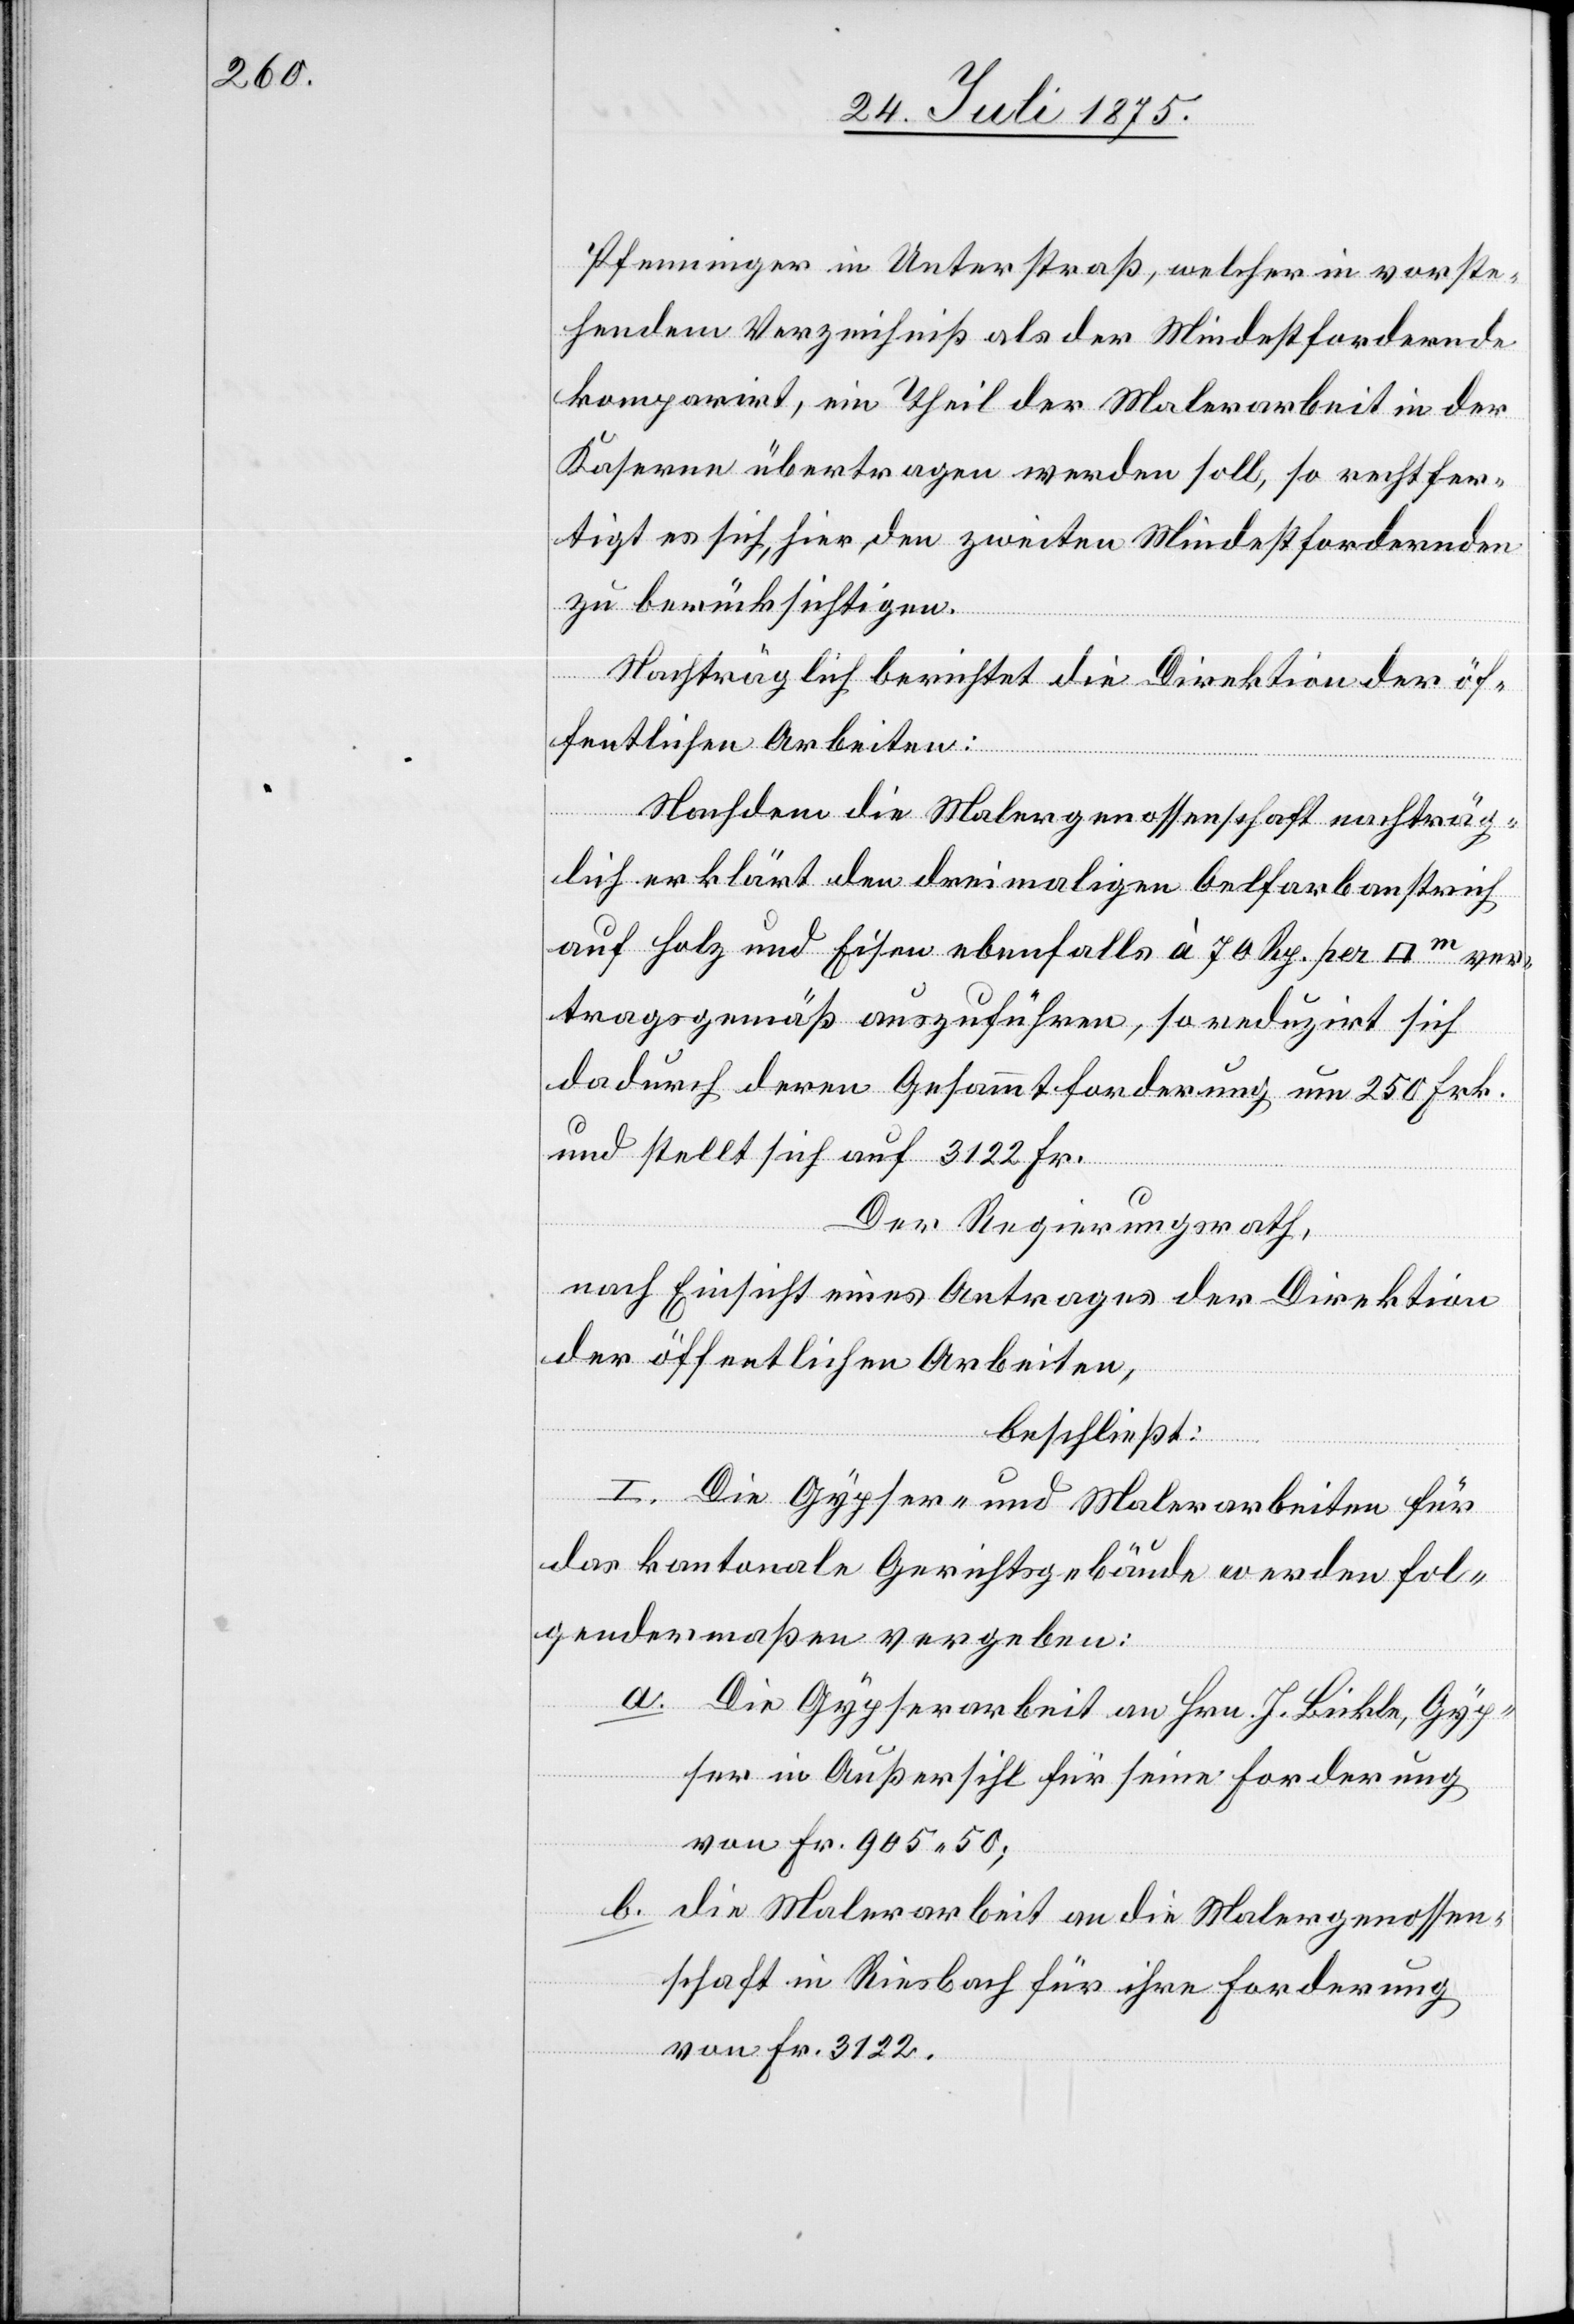
Pfenninger in Unterstraß, welcher in vorste¬
hendem Verzeichniß als der Mindestfordernde
komparirt, ein Theil der Malerarbeit in der
Kaserne übertragen werden soll, so rechtfer¬
tigt es sich, hier, den zweiten Mindestfordernden
zu berücksichtigen.
Nachträglich berichtet die Direktion der öf¬
fentlichen Arbeiten:
Nach dem die Malergenossenschaft nachträg¬
lich erklärt den dreimaligen Oelfarbenanstrich
auf Holz und Eisen ebenfalls à 70 Rp. per [Quadratmeter]
tragsgemäß auszuführen, so reduzirt sich
dadurch deren Gesammtforderung um 250 Frk.
und stellt sich auf 3122 Fr.
ver¬
Der Regierungsrath,
nach Einsicht eines Antrages der Direktion
der öffentlichen Arbeiten,
beschließt:
I. Die Gypser- und Malerarbeiten für
das kantonale Gerichtsgebäude werden fol¬
gendermaßen vergeben:
a. Die Gypserarbeit an Hrn. J. Bickle, Gyp¬
ser in Außersihl für seine Forderung
von Fr. 905 50;
b. die Malerarbeit an die Malergenossen¬
schaft in Riesbach für ihre Forderung
von Fr. 3122.